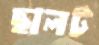
ছালট